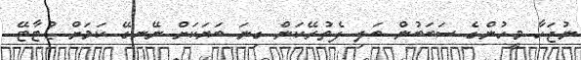
ނުޖަހާ މީހުންގެ ސަބަބުން ބަލި ފެތުރޭކަން ގިނަ ބަޔަކަށް ނޭނގޭ ކަމަށް ޑުޓާޓޭ